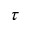
\tau